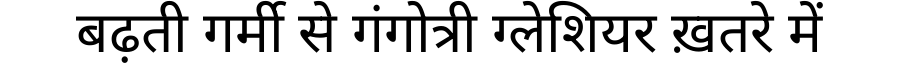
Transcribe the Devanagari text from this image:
बढ़ती गर्मी से गंगोत्री ग्लेशियर ख़तरे में